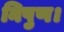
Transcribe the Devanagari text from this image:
निपुण।